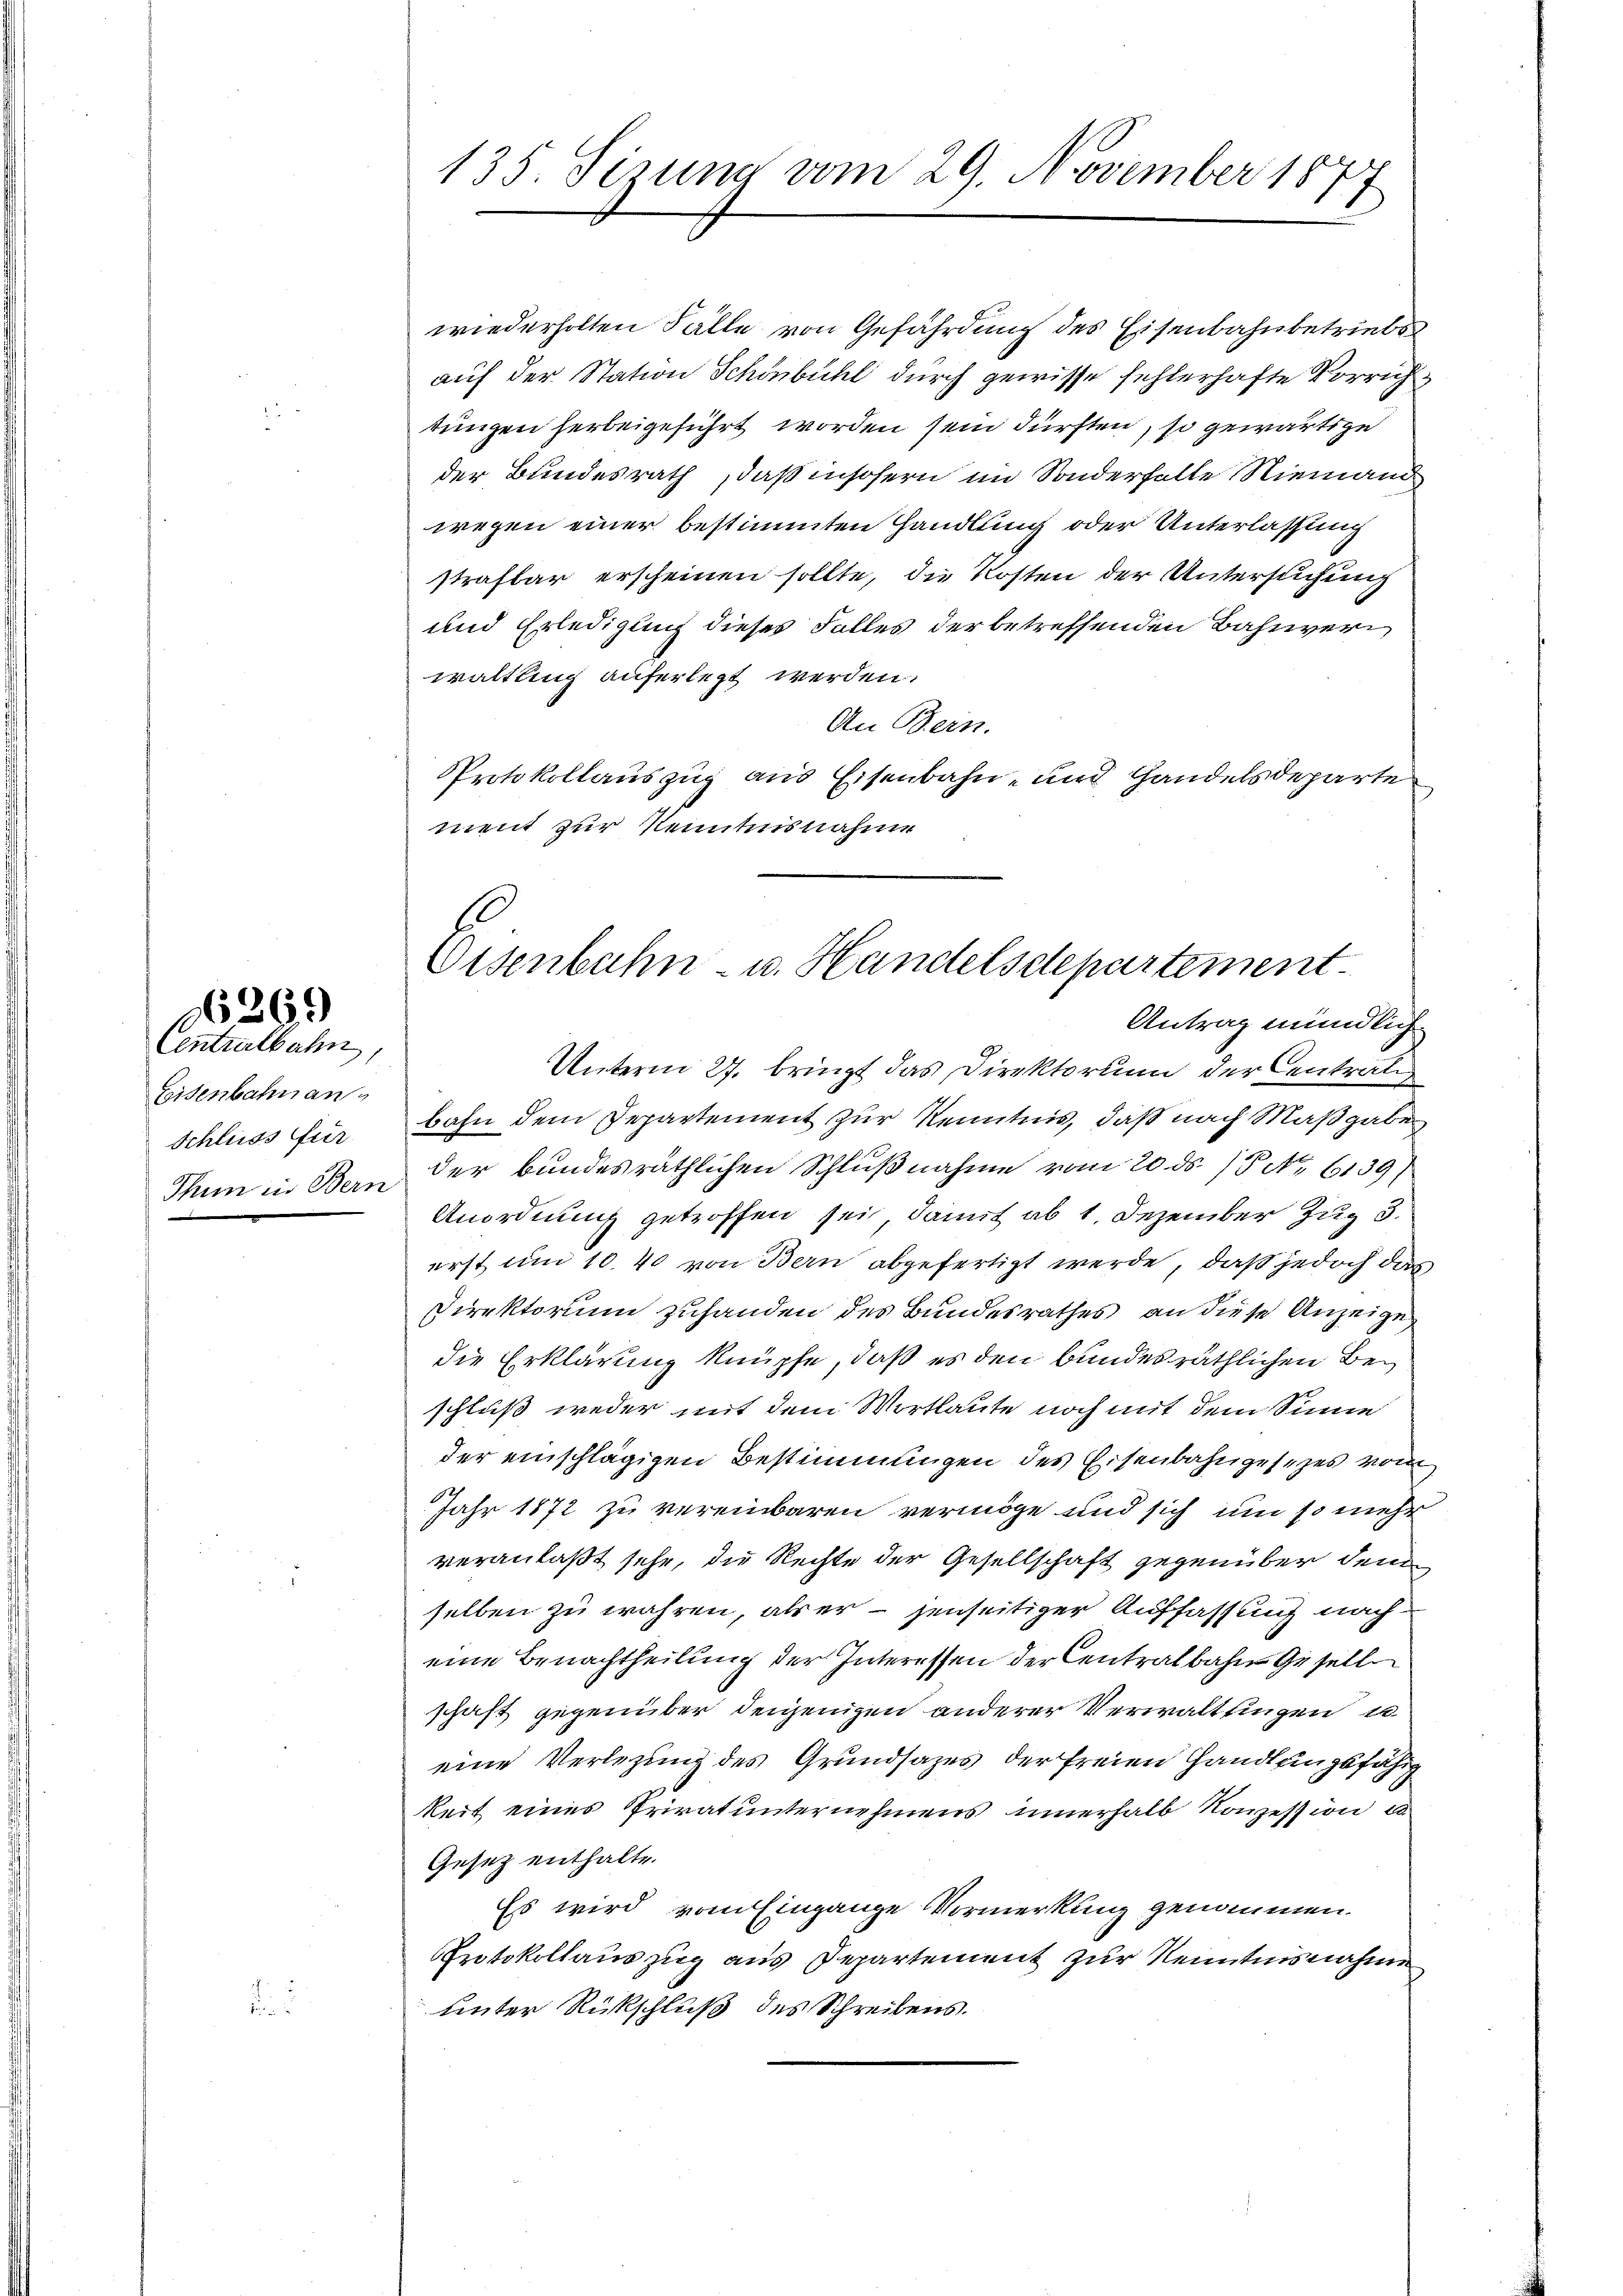
N6269

Centralbahn,
Eisenbahnans
Schluss für

135. Sirung vom 29. November 18

wiederholten Fälle von Gefährdung des Eisenbahnbetriebs
auf der Station Schönbühl durch gewisse fehlerhafte Vorrichtungen herbeigeführt worden sein dürften, so gewärtige
der Bundesrath, daß insofern im Sonderfalle Niemand
wegen einer bestimmten Handlung oder Unterlassung
strafbar erscheinen sollte, die Kosten der Untersuchung
und Erlediglich dieser Falles der betreffenden Bahnverwaltung auferlegt werden.
An Bein.
PProtokollauszug aus Eisenbahn- und Handelsdeparte
ment zur Kenntnisnahme

Eisenbahn- u. Handelsdepartement.
Antrag mündlich

Unterm 27. bringt das Direktorium der Centrali
bahn dem Departement zur Kenntnis, daß nach Maßgaben
Thun in Bern der bundesräthlichen Schlußnahme vom 20. ds. /5 No 6139)
Anordnung getroffen sei, damit ab 1. Dezember Zug 3.
erst um 10. 40 von Bern abgefertigt werde, daß jedoch das
Direktorium zuhanden des Bundesrathes an diese Anzeige
die Erklärung knüpfe, daß es den bundesräthlichen Beschluß weder mit dem Wortlaute noch mit dem Sinne
der einschlägigen Bestimmungen des Eisenbahngesezes vom
Jahr 1872 zu vereinbaren vermöge und sich um so mehr
veranlaßt sehe, die Rechte der Gesellschaft gegenüber dem
selben zu währen, als er jenseitiger Auffassung nach
eine Benachtheilung der Interessen der Centralbahn Gesell
schaft gegenüber denjenigen anderer Verwalttingen u
eine Verlegung des Grundsazes der freien Handlungsfähig
keit eines Privatunternehmens innerhalb Konzession e
Gesetz enthalte.
Es wird vom Eingange Vormerkung genommen.
Protokollauszug aus Departement zur Kenntnisnahme
unter Rückschluß des Schreibens.